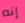
إنه